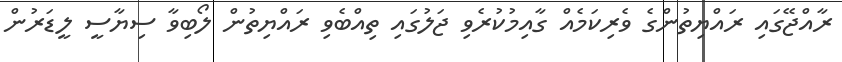
ރާއްޖޭގައި ރައްޔިތުންގެ ވެރިކަމެއް ގާއިމުކުރެވި ޖަލުގައި ތިއްބެވި ރައްޔިތުން ލޯބިވާ ސިޔާސީ ލީޑަރުން